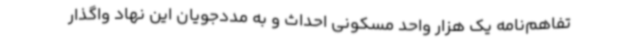
تفاهم‌نامه یک هزار واحد مسکونی احداث و به مددجویان این نهاد واگذار